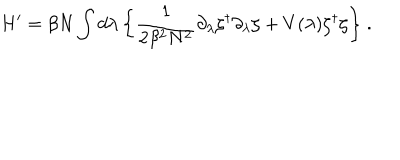
H ^ { \prime } = \beta N \int d \lambda \, \biggl \{ \frac { 1 } { 2 \beta ^ { 2 } N ^ { 2 } } \partial _ { \lambda } \zeta ^ { \dagger } \partial _ { \lambda } \zeta + V ( \lambda ) \zeta ^ { \dagger } \zeta \biggr \} \ .